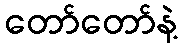
တော်တော်နဲ့